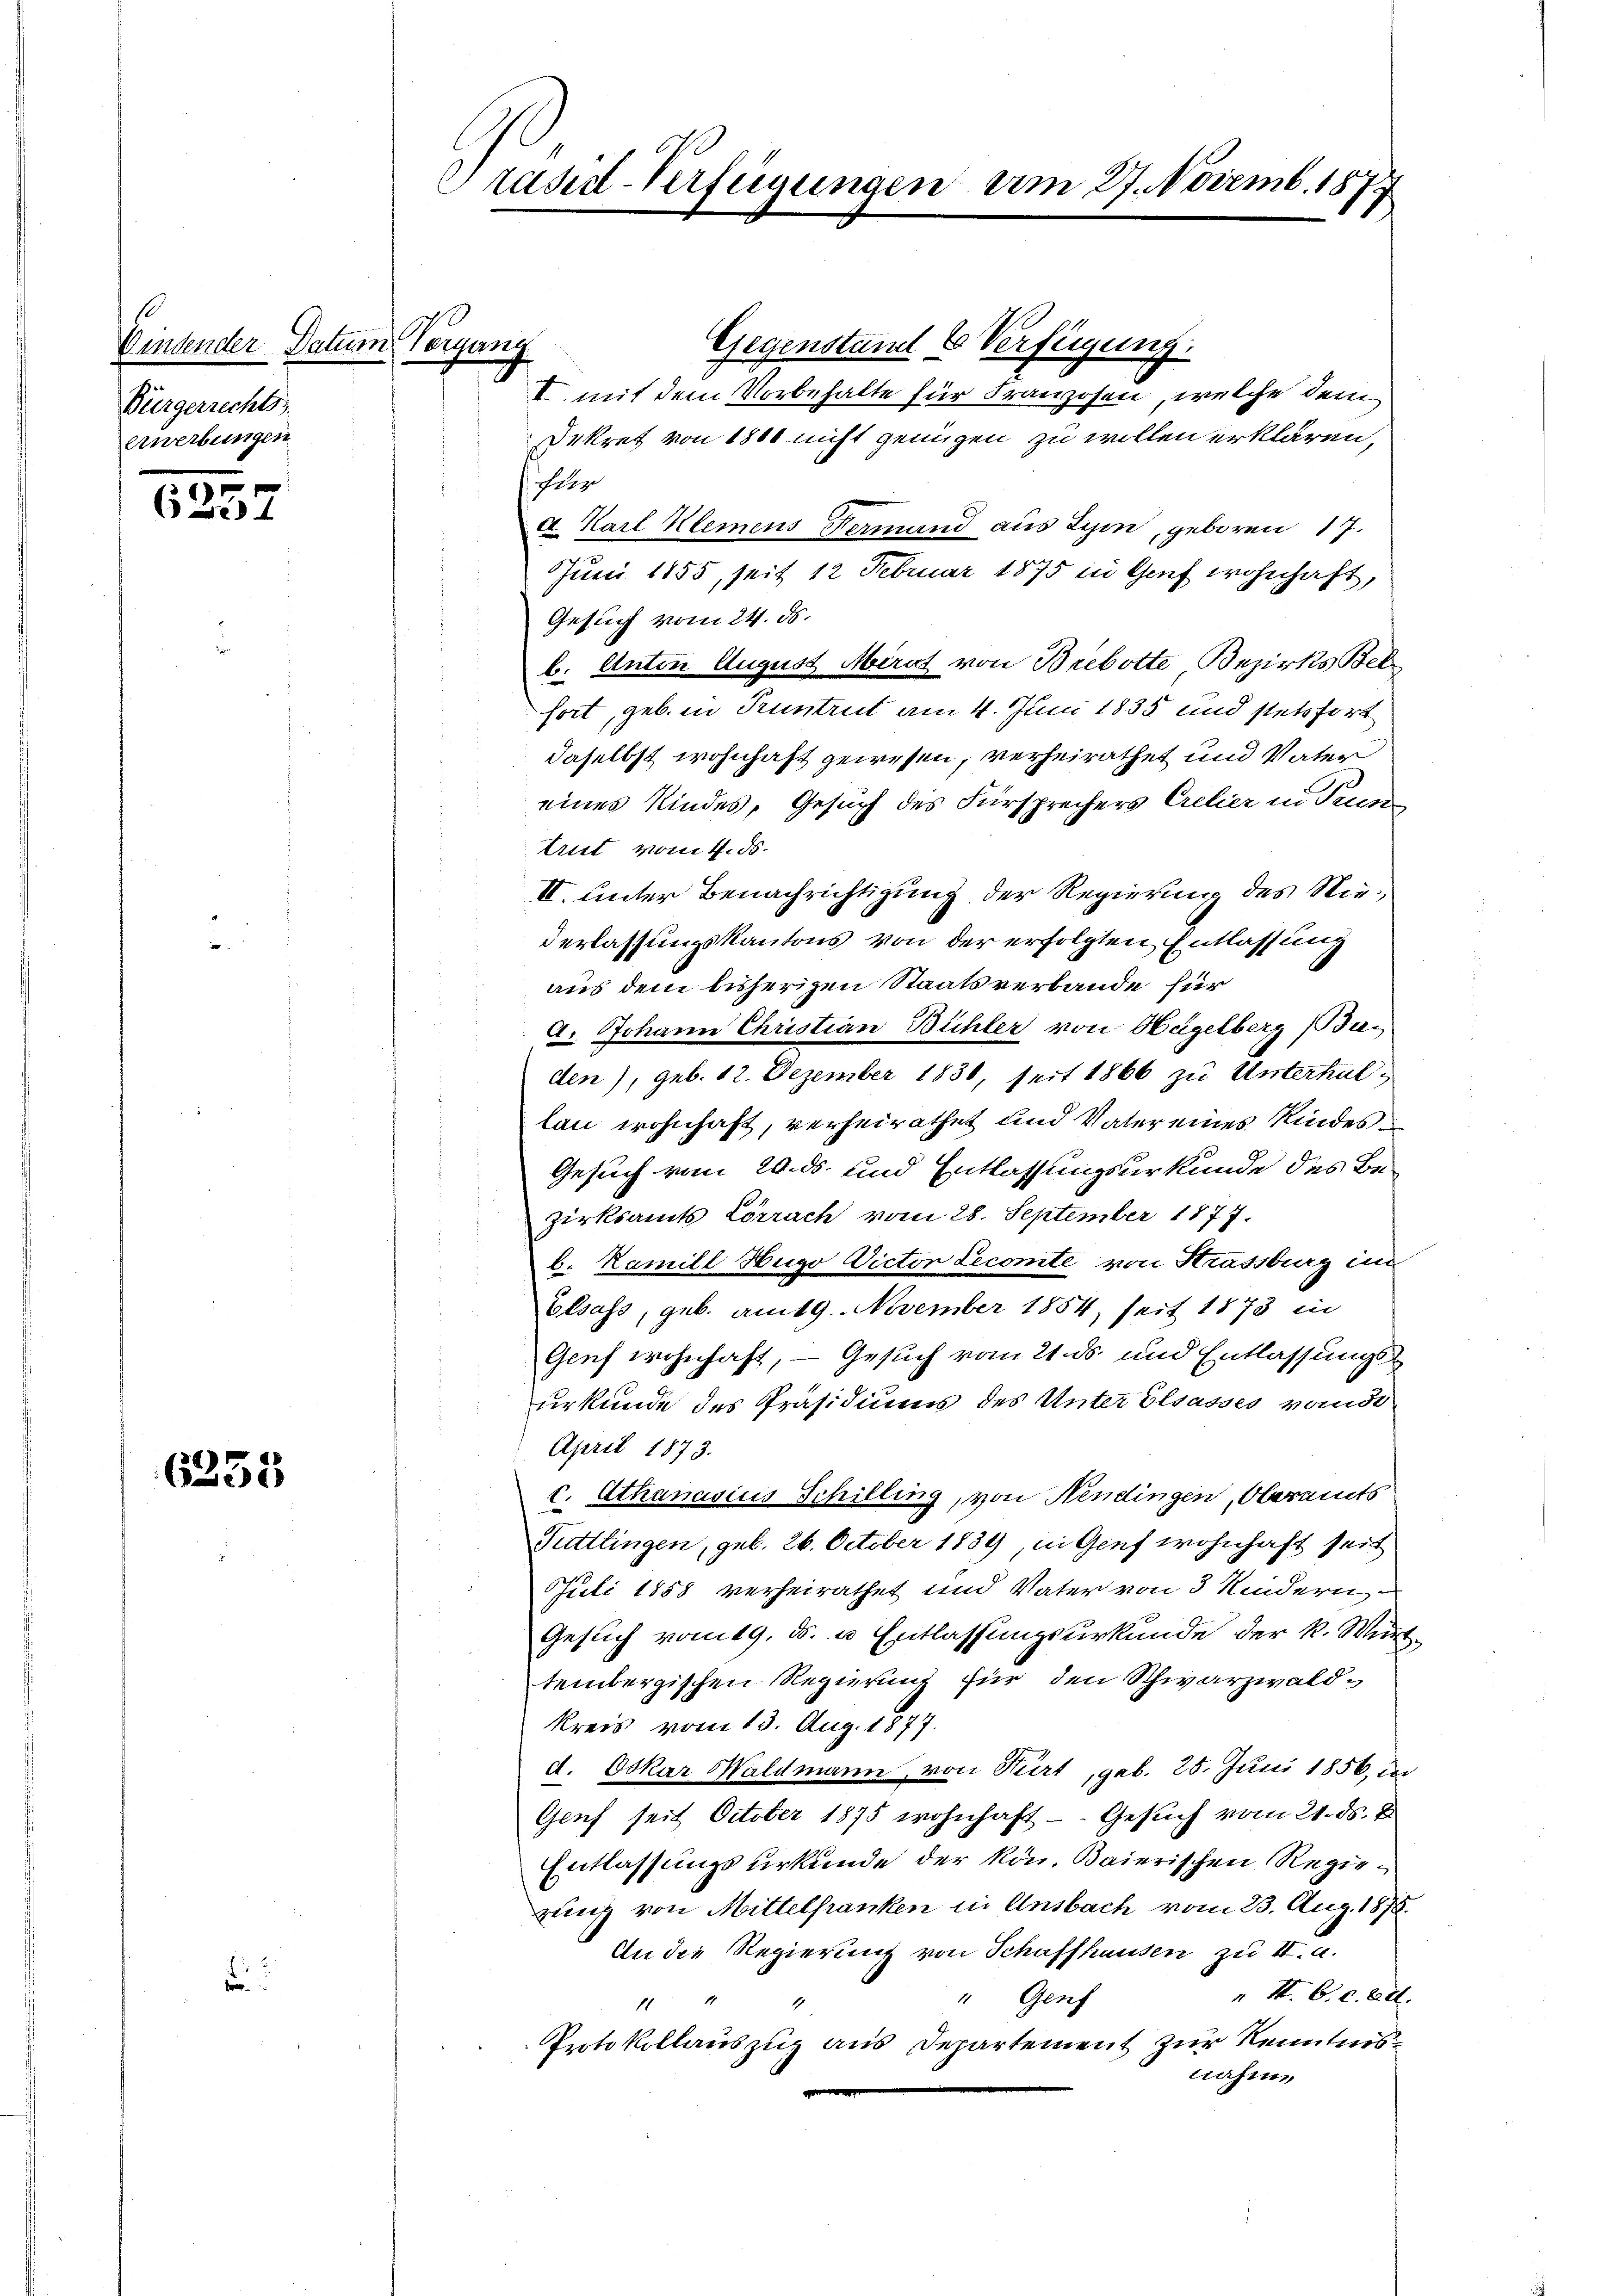
bindender Datum Vorgang
Bürgerrechts
erwerbungen

37
e

6235

Präsid-Verfügungen am 27. Novemb. 18.
4

Gegenstand 6 Verfügung:
I. mit dem Vorbehalte für Franzosen, welche dem
Dekret von 1800 nicht genügen zu wollen erklären,
fler
c. Karl Klemens Fermand aus Lyon, geboren 17.
Juni 1855, seit 12 Februar 1875 in Genf wohnhaft,
Gesuch vom 24. ds.
b. Anton August Mirat von Brebotte Bezirks Bel
fort, geb. in Kuntrut am 4. Juni 1835 und stetsfort
daselbst wohnhaft gewesen, verheirathet und Vater
eines Kindes, Gesuch des Fürsprechers Crelier in Prun
Aut vom 4. ds.
II. unter Benachrichtigung der Regierung des Nie¬
Verlassungskantons von der erfolgten Entlassung
aus dem bisherigen Staatsverbande für
A. Johann Christian Bühler von Hügelberg (Bu-
den), geb. 12. Dezember 1830, seit 1866 zu Unterhal-
lan wohnhaft, verheirathet und Vater eines Kindes¬
Gesuch vom 20. ds. und Entlassungsurkunde des Bezirksamts Lörrach vom 28. September 1877.
b. Kamill Hugo Victor Lecomté von Strassburg im
Elsass, geb. am 19. November 1854, seit 1873 in
Genf wohnhaft, — Gesuch vom 21. ds. und Entlassungsurkunde des Präsidiums des Unter Elsasses vom
April 1873.
c. Athanasius Schilling, von Nendingen, Oberamts
Tuttlingen, geb. 26. October 1889, in Genf wohnhaft seit
Juli 1858 verheirathet und Vater von 3 Kindern,
Gesuch vom 19. ds. u. Entlassungsurkunde der k. Wun
tembergischen Regierung für den Schwarzwald¬
Kreis vom 13. Aug. 1877.
d. Oskar Haldmann, von Hurt, geb. 25. Juni 1856, der
Geuf seit October 1875 wohnhaft - Gesuch vom 21. ds. B
Entlassungsurkunde der kön. Baierischen Regierung von Mittelfranken in Ansbach vom 23. Aug. 1878.
An die Regierung von Schaffhausen zu III. a.
„ I. C. c. ad.
" Genf
1
Protokollauszug aus Departement zur Kenntnis
nahm